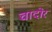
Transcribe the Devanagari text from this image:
चादोर